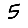
Digit: 5